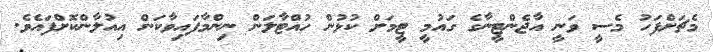
މެޗަށްފަހު މެސީ ވަނީ އާޖެންޓީނާގެ ގައުމީ ޓީމަށް ކުޅުން ހުއްޓާލަން ނިންމާފައިވާކަން އިއުލާންކޮށްފައެވެ.